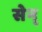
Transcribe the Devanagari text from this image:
सेन्‌